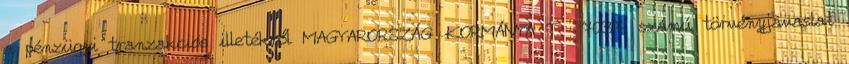
a pénzügyi tranzakciós illetékről MAGYARORSZÁG KORMÁNYA T 7037. számú törvényjavaslat